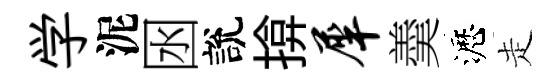
学泥囦說揜犀羮瀝走